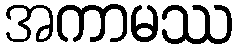
အကာမဿ